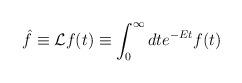
LaTeX: \begin{align*}\hat{f} \equiv {\cal L} f(t) \equiv \int_0^{\infty} dt e^{-Et} f(t)\end{align*}